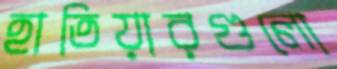
হাতিয়ারগুলো